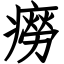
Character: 癆